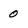
Character: 0